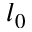
l _ { 0 }